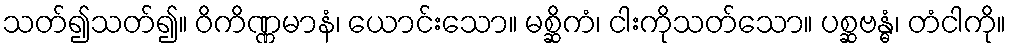
သတ်၍သတ်၍။ ဝိကိဏ္ဏမာနံ၊ ယောင်းသော။ မစ္ဆိကံ၊ ငါးကိုသတ်သော။ ပစ္ဆဗန္ဓံ၊ တံငါကို။